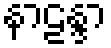
နာဠန္ဒာ